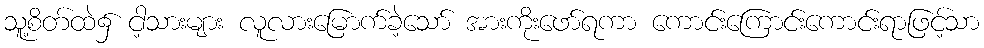
သူ့စိတ်ထဲ၌ ငါ့သားများ လူလားမြောက်ခဲ့သော် အားကိုးဖော်ရကာ ကောင်းကြောင်းကောင်းရာဖြင့်သာ